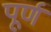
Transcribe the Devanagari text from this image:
पूर्ण